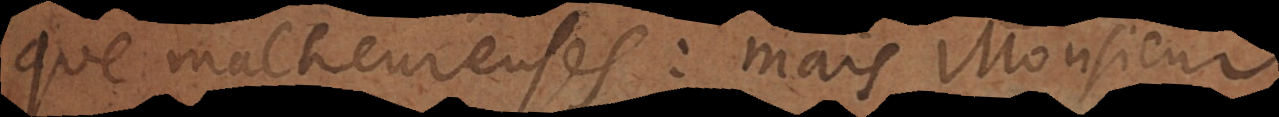
que malheureuses: mais Monsieur